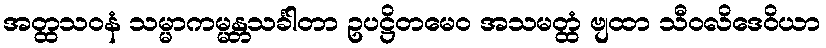
အတ္ထသဝနံ သမ္မာကမ္မန္တသင်္ခါတာ ဥပဋ္ဌိတမေဝ အသမတ္ထံ ဗျထာ သီဝလိဒေဝိယာ